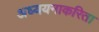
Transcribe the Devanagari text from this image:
अध्ययनाकरिता